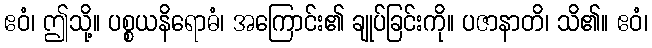
ဧဝံ၊ ဤသို့။ ပစ္စယနိရောဓံ၊ အကြောင်း၏ ချုပ်ခြင်းကို။ ပဇာနာတိ၊ သိ၏။ ဧဝံ၊